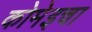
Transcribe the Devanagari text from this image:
कोमेइचा